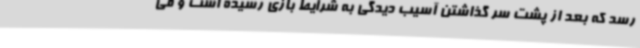
رسد که بعد از پشت سر گذاشتن آسیب دیدگی به شرایط بازی رسیده است و می